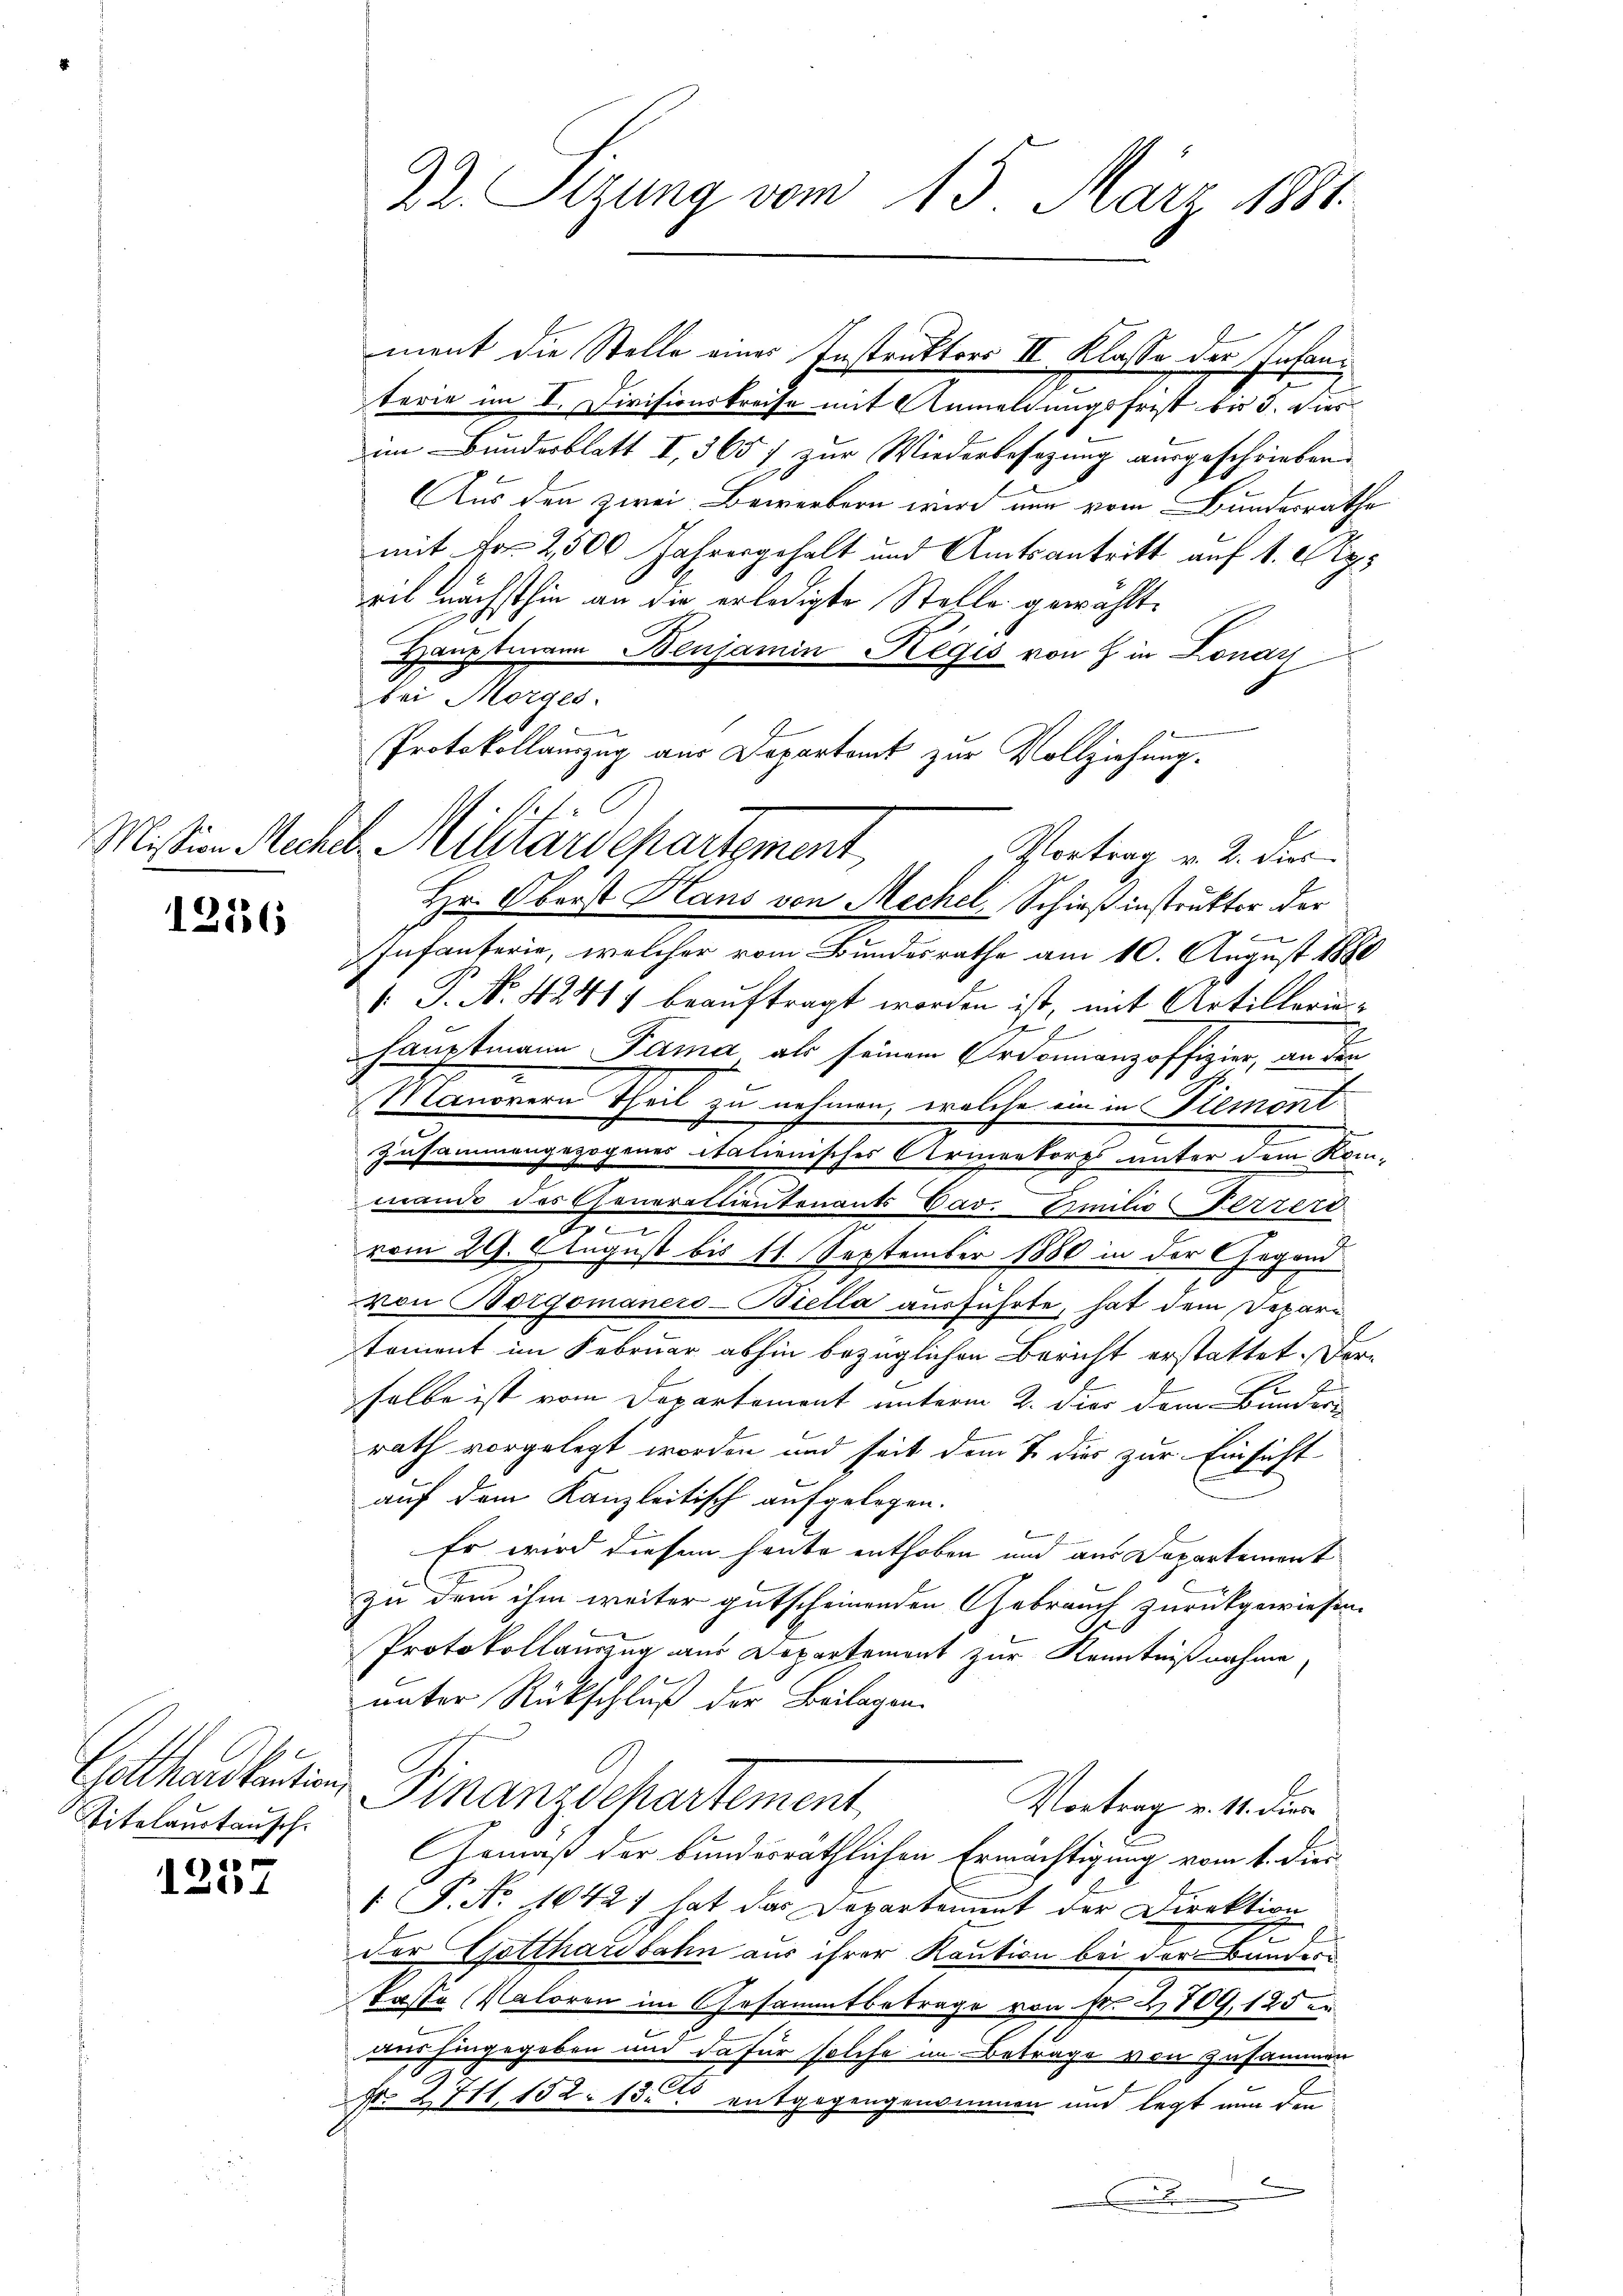
12536

Titelaustausch.

1257

Dr. Sizung vom 15. März 1881.

ment die Stelle eines Instruktors II Klasse der Infanterie im I. Divisionskreise mit Anmeldungsfrist bis 5. dies
im Bundesblatt I, 365 f zur Wiederbesezung ausgeschriebene
Aus den zwei Bewerbern wird nun vom Bundesrath
mit Fr. 2500 Jahrengehalt und Amtsantritt auf 1. Ap
eil nächsthin an die erledigte Stelle gewählt.
Hauptmann Benjamin Regis von in Lonay
bei Morges.
Protokollauszug aus Departamt zur Vollziehung.
Infanterie, welcher vom Bundesrathe am 10. August 188
 P. No 4241) beauftragt worden ist, mit Artillerin¬
7
Hauptmann. Dama als seinem Criminanzoffizier, an den
Manonern Theil zu nehmen, welche ein in Piemont
Zusammengezogenes italienisches Armenkorps unter dem Kon-
mande des Generallientenants Dav. Emilie Terzert
d
vom 29. August bis 11. September 1880 in der Gegend
von Borgomanero-Bella ausführte, hat dem Deparatoment im Februar abhin bezüglichen Bericht erstattet. Der
selbe ist vom Departement unterm 2. dies dem Bunder
rath vorgelegt worden und seit dem B. dies zur Einsicht
auf dem Kanzleitisch aufgelegen.
Er wird diesen heute enthoben und aus Departement
zu dem ihm weiter gutscheinenden Gebrauch zurückgewiesen.
Protokollauszug aus Departement zur Kenntnißnahme,
unter Rückschluß der Beilagen.
Gottharbeiten Finanzdepartement,
Vortrag v. 11. dies
Gemäß der bundesräthlichen Ermächtigung vom 1. dies
 P. No 1042) hat das Departement der Direktion
g
der Gotthardbahn aus ihrer Kaution bei der Bunderkasse (Natoren im Gesammtbetrage von No 2809, 125
uus hingegeben und da für solche im Betrage von zusammen
Nro 2711, 152. 15. entgegengenommen und legt nun den
d

e
Mißion Mechel Militärdepartement
Vortrag v. 2. dies
Hr. Oberst Hans von Mechel, Schieß instrukter der